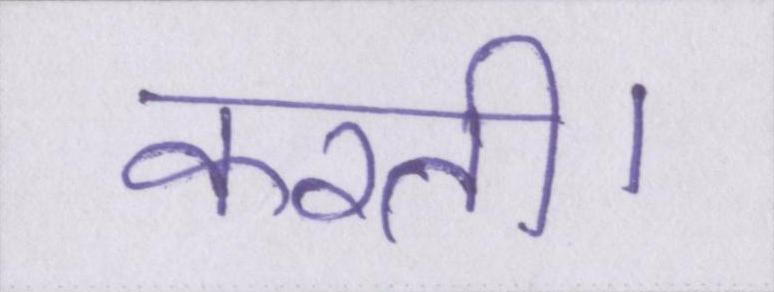
करती।